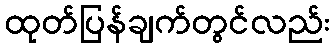
ထုတ်ပြန်ချက်တွင်လည်း